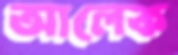
আলেক